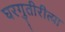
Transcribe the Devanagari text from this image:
घरगुतीरीत्या